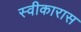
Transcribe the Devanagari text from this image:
स्वीकारास